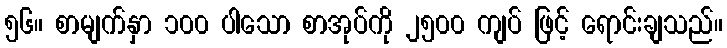
၅၆။ စာမျက်နှာ ၁၀၀ ပါသော စာအုပ်ကို ၂၅၀၀ ကျပ် ဖြင့် ရောင်းချသည်။